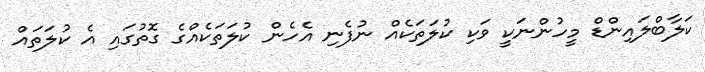
ކަލާބްލައިންޑް މީހުންނަކީ ވަކި ކުލަތަކެއް ނުފެނި އެހެން ކުލަތަކެއްގެ ގޮތުގައި އެ ކުލަތައް